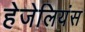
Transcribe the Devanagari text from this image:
हेजेलियंस